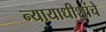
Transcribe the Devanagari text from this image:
न्यायाधीशांचे